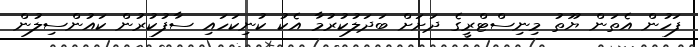
ފަހުން އެތަން ޔޫތު މިނިސްޓްރީގެ ދަށަށް ބަދަލުކުރުމާ އެކު ކުނިކަހައި ސާފުކުރުން ކައުންސިލުން